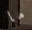
ما